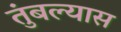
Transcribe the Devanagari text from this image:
तुंबल्यास